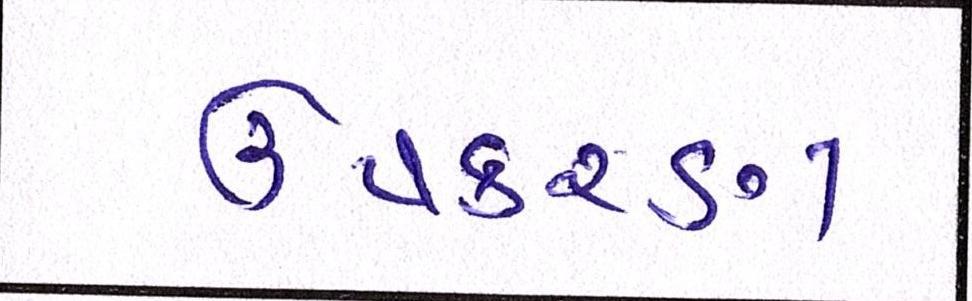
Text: ઉપકરણ